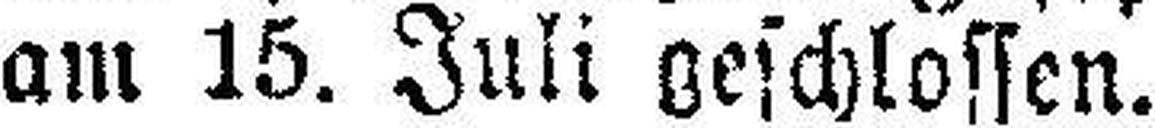
am 15. Juli geschlossen.